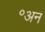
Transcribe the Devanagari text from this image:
॰अन